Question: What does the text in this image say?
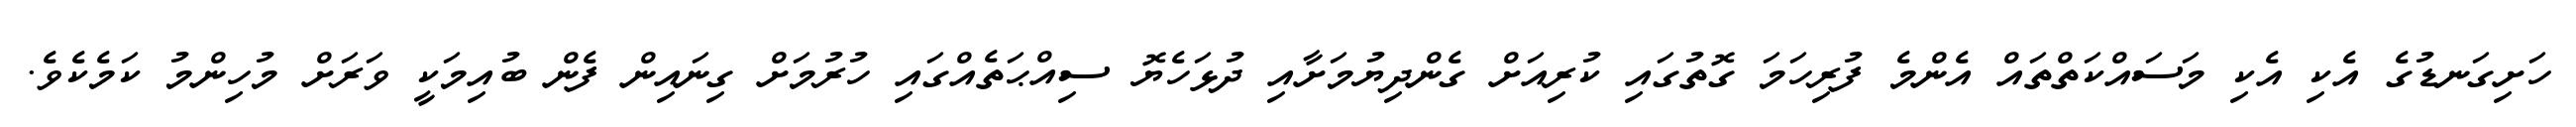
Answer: ހަށިގަނޑުގެ އެކި އެކި މަސައްކަތްތައް އެންމެ ފުރިހަމަ ގޮތުގައި ކުރިއަށް ގެންދިޔުމަށާއި ދުޅަހެޔޮ ސިއްޙަތެއްގައި ހުރުމަށް ގިނައިން ފެން ބުއިމަކީ ވަރަށް މުހިންމު ކަމެކެވެ.